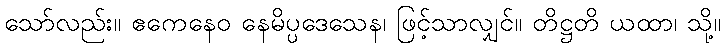
သော်လည်း။ ဧကေနေဝ နေမိပ္ပဒေသေန၊ ဖြင့်သာလျှင်။ တိဋ္ဌတိ ယထာ၊ သို့။